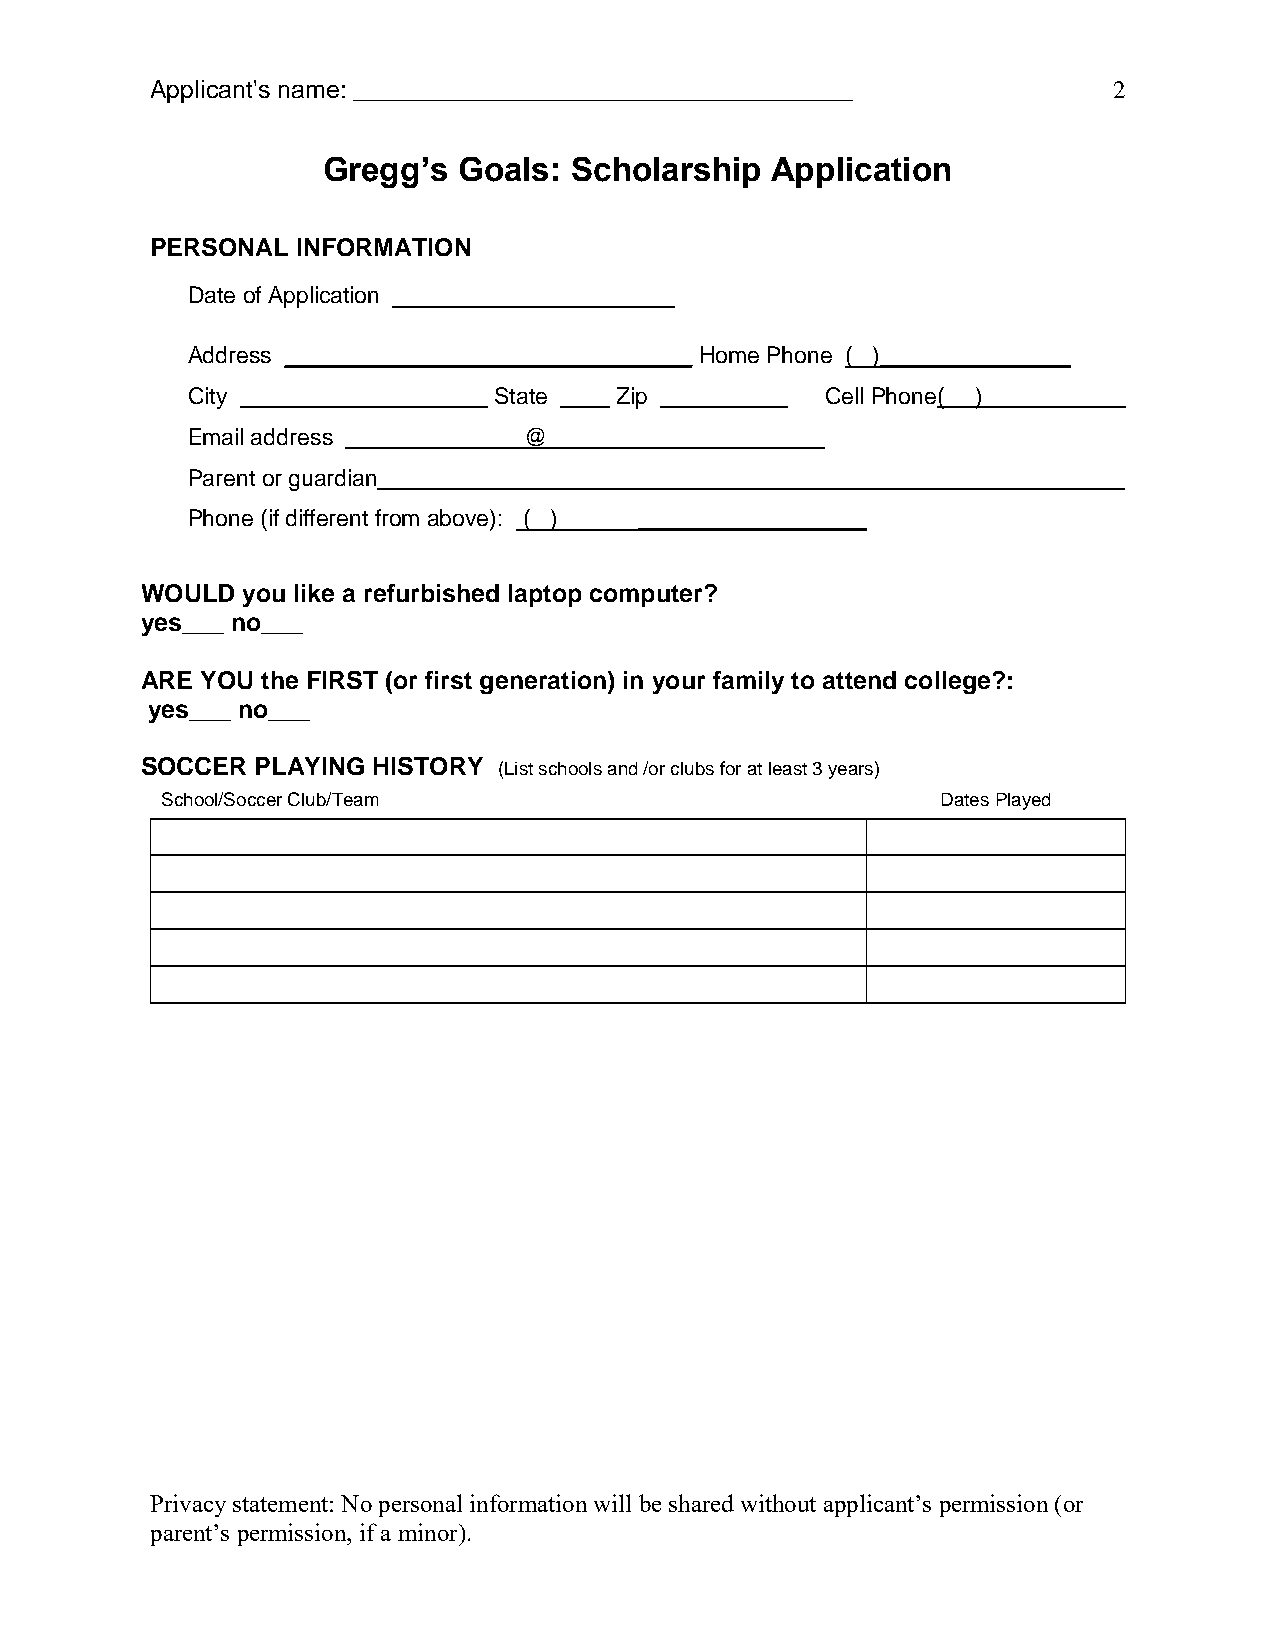
Applicant's name: ________________________________________      2
 Gregg’s  Goals:  Scholarship  Application
 PERSONAL  INFORMATION
 Date of Application
 Address ________________________________ Home Phone ( )_______________
 City                 State   Zip           Cell Phone( )____
 Email address ______________@
 Parent or guardian
 Phone (if different from above): ( ) __________________
 WOULD  you like a refurbished laptop computer?
 yes___ no___
 ARE YOU the FIRST (or first generation) in your family to attend college?:
 yes___ no___
 SOCCER  PLAYING HISTORY (List schools and /or clubs for at least 3 years)
 School/Soccer Club/Team                            Dates Played
 Privacy statement: No personal information will be shared without applicant’s permission (or
 parent’s permission, if a minor).